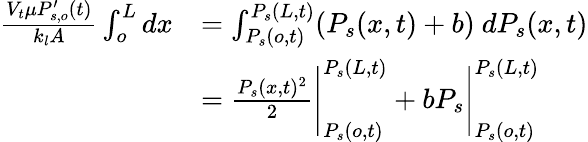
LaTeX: \begin{array}{rl}{\frac{V_{t}\mu P_{s,o}^{\prime}(t)}{k_{l}A}\int_{o}^{L}dx}&{=\int_{P_{s}(o,t)}^{P_{s}(L,t)}(P_{s}(x,t)+b)\ dP_{s}(x,t)}\\ &{=\frac{P_{s}(x,t)^{2}}{2}\Biggr|_{P_{s}(o,t)}^{P_{s}(L,t)}+bP_{s}\Biggr|_{P_{s}(o,t)}^{P_{s}(L,t)}}\end{array}